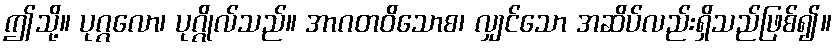
ဤသို့။ ပုဂ္ဂလော၊ ပုဂ္ဂိုလ်သည်။ အာဂတဝိသောစ၊ လျှင်သော အဆိပ်လည်းရှိသည်ဖြစ်၍။